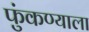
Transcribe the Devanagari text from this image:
फुंकण्याला